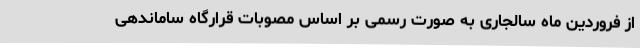
از فروردین ماه سالجاری به صورت رسمی بر اساس مصوبات قرارگاه ساماندهی